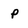
Character: p